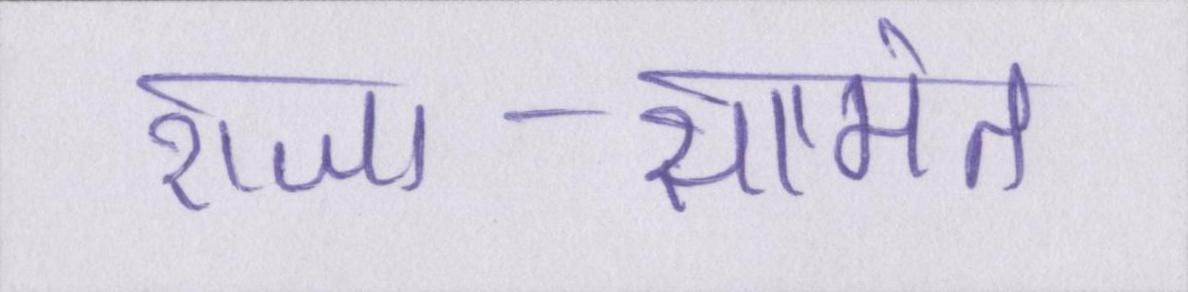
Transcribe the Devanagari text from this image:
राजा-सामंत